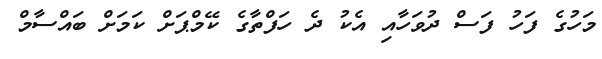
މަހުގެ ފަހު ފަސް ދުވަހާއި އެކު ދެ ހަފްތާގެ ކޭމްޕަށް ކަމަށް ބައްސާމް